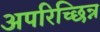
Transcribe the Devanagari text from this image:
अपरिच्छिन्न